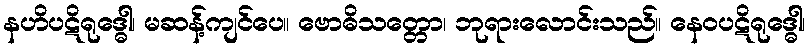
နဟိပဋိရုဒ္ဓေါ၊ မဆန့်ကျင်ပေ။ ဗောဓိသတ္တော၊ ဘုရားလောင်းသည်။ နေဝပဋိရုဒ္ဓေါ၊